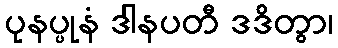
ပုနပ္ပုနံ ဒါနပတီ ဒဒိတွာ၊